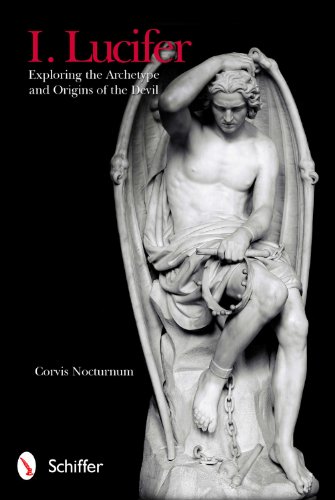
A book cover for I. Lucifer: Exploring the Archetype and Origins of the Devil; Corvis Nocturnum; Religion & Spirituality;